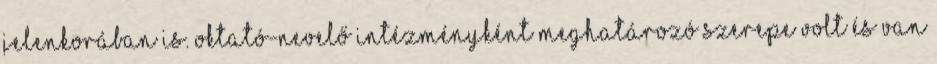
jelenkorában is. Oktató-nevelő intézményként meghatározó szerepe volt és van